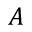
A